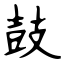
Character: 鼓